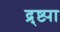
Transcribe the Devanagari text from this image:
द्र्ष्ट्या